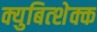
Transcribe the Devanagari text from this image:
क्युबित्शेक्क